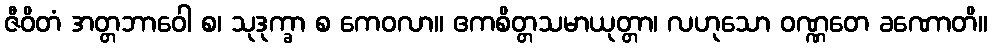
ဇီဝိတံ အတ္တဘာဝေါ စ၊ သုဒုက္ခာ စ ကေဝလာ။ ဧကစိတ္တသမာယုတ္တာ၊ လဟုသော ဝဏ္ဏတေ ခဏောတိ။